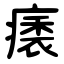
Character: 㿆